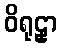
ဝိရုဠှာ